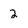
Character: 2